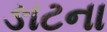
ઙાટના